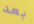
بعد